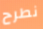
نطرح